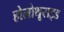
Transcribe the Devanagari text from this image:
होलोथूराइड